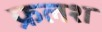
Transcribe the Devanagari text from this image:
फ्रलश